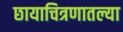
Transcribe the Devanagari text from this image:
छायाचित्रणातल्या